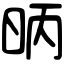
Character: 昞